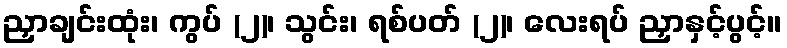
ညှာချင်းထုံး၊ ကွပ် (၂)၊ သွင်း၊ ရစ်ပတ် (၂)၊ လေးရပ် ညှာနှင့်ပွင့်။